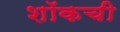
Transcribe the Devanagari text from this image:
शॉकची